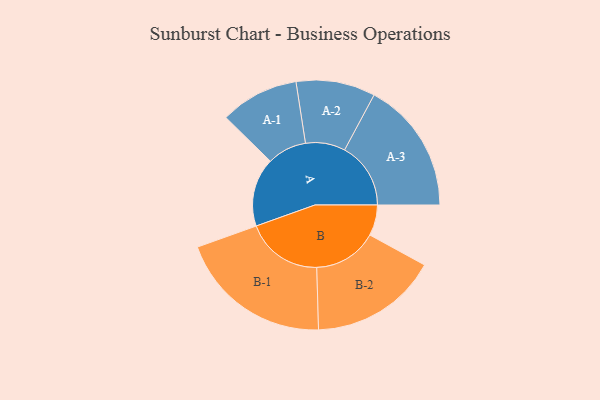
{"axis": {"x": "Segment", "y": "Value"}, "legend": ["", "A", "B"], "data": [{"x": "A", "y": 246, "type": ""}, {"x": "B", "y": 110, "type": ""}, {"x": "A-1", "y": 141, "type": "A"}, {"x": "A-2", "y": 142, "type": "A"}, {"x": "A-3", "y": 237, "type": "A"}, {"x": "B-1", "y": 276, "type": "B"}, {"x": "B-2", "y": 229, "type": "B"}]}